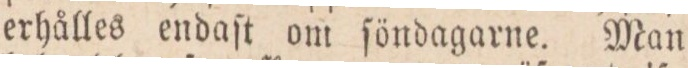
erhålles endaſt om ſöndagarne. Man